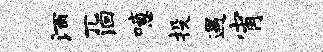
酒兀洄噫投遇宵